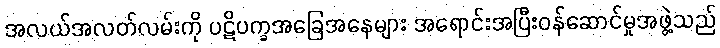
အလယ်အလတ်လမ်းကို ပဋိပက္ခအခြေအနေများ အရောင်းအပြီးဝန်ဆောင်မှုအဖွဲ့သည်